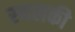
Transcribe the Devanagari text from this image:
स्‍थलकी